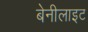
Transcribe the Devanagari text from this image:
बेनीलाइट